Annual report on the working of the lock hospitals in the Central Provinces
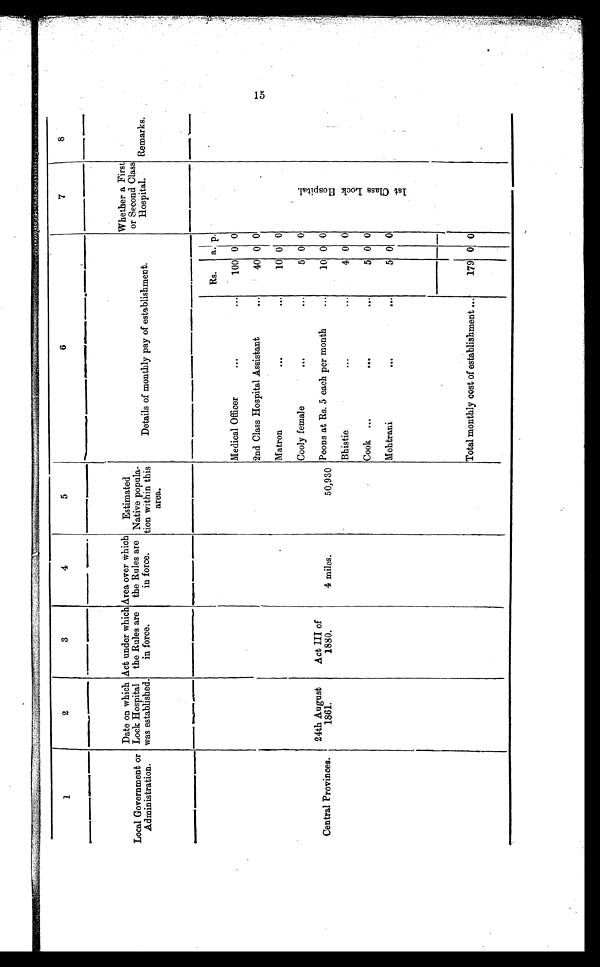
1
2
3
4
5
6
7
8
Local Government or
Administration.
Date on which
Lock Hospital
was established.
Act under which
the Rules are
in force.
Area over which
the Rules are
in force.
Estimated
Native popula
tion within this
area.
Details of monthly pay of establishment.
Whether a First
or Second Class
Hospital.
Remarks.
Rs.
a. p.
1 s t C l a s s L o c k H o s t i p a l .
Medical Officer
...
. . .
100 0 0
2nd Class Hospital Assistant
...
40 0 0
Matron
...
. . .
10 0 0
Cooly female
...
. . .
5 0 0
Act III of
1880.
24th August
1861.
Central Provinces.
4 miles.
50,930 Peons at Rs. 5 each per month
...
1 0 0 0
Bhistie
...
. . .
4 0 0
Cook ...
...
...
5
0
0
Mehtrani
...
...
5 0 0
Total monthly cost of establishment ...
179 0 0
15